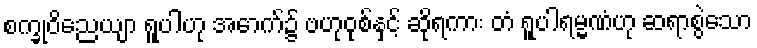
စက္ခုဝိညေယျာ ရူပါဟု အောက်၌ ဗဟုဝုစ်နှင့် ဆိုရကား တံ ရူပါရမ္မဏံဟု ဆရာစွဲသော